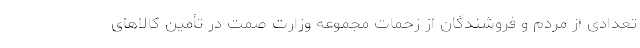
تعدادی از مردم و فروشندگان از زحمات مجموعه وزارت صمت در تأمین کالاهای